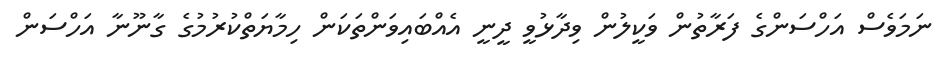
ނަމަވެސް އަހްސަންގެ ފަރާތުން ވަކީލުން ވިދާޅުވީ ދީނީ އެއްބައިވަންތަކަން ހިމާޔަތްކުރުމުގެ ގާނޫނާ އަހްސަން